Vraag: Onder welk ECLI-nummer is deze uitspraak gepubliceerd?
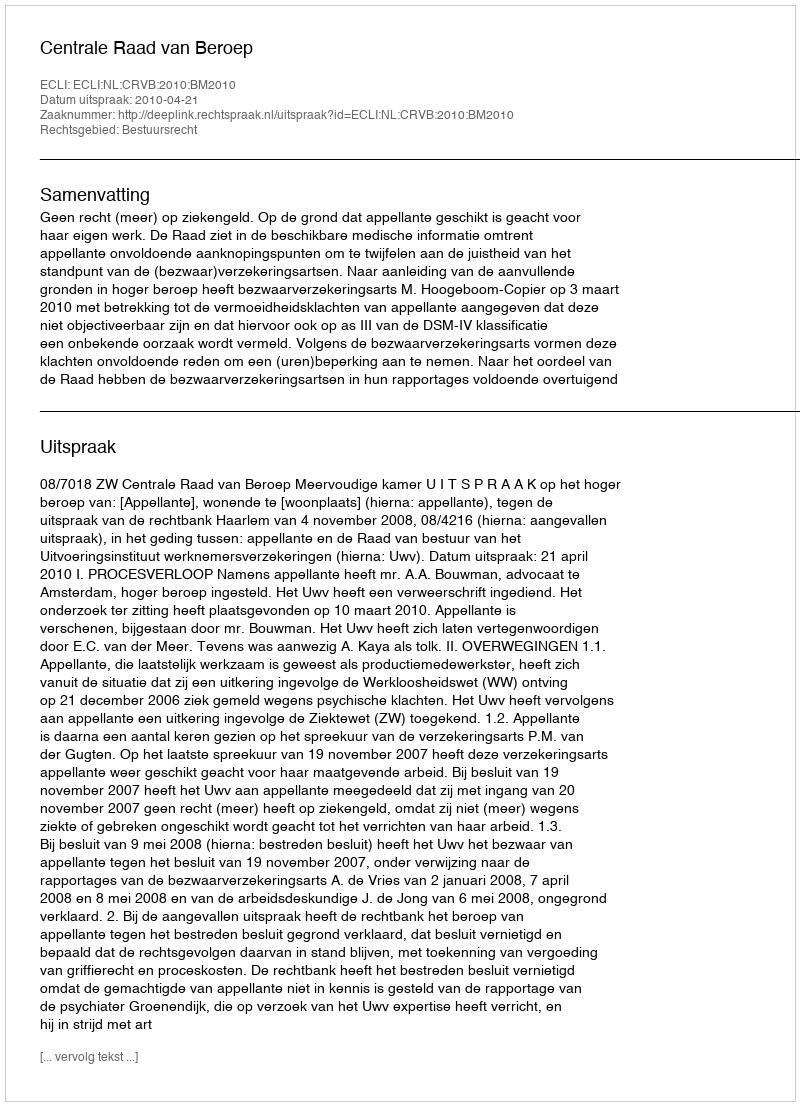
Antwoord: ECLI:NL:CRVB:2010:BM2010